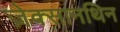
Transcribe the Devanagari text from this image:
ज़ेक्सानथिन